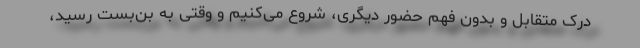
درک متقابل و بدون فهم حضور دیگری، شروع می‌کنیم و وقتی به بن‌بست رسید،